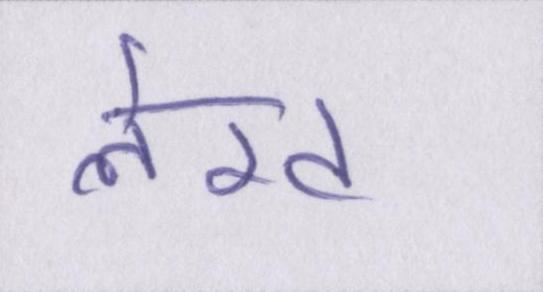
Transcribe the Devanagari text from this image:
लेख